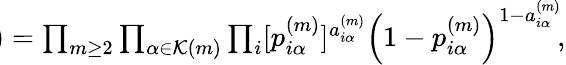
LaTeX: \begin{array}{r}{\! \! \! \! \! \! \! \! \! \! \! \! \! P(\vec{G})=\prod_{m\geq 2}\prod_{\alpha\in\mathcal{K}(m)}\prod_{i}[p_{i\alpha}^{(m)}]^{a_{i\alpha}^{(m)}}\left(1-p_{i\alpha}^{(m)}\right)^{1-a_{i\alpha}^{(m)}}\! ,}\end{array}